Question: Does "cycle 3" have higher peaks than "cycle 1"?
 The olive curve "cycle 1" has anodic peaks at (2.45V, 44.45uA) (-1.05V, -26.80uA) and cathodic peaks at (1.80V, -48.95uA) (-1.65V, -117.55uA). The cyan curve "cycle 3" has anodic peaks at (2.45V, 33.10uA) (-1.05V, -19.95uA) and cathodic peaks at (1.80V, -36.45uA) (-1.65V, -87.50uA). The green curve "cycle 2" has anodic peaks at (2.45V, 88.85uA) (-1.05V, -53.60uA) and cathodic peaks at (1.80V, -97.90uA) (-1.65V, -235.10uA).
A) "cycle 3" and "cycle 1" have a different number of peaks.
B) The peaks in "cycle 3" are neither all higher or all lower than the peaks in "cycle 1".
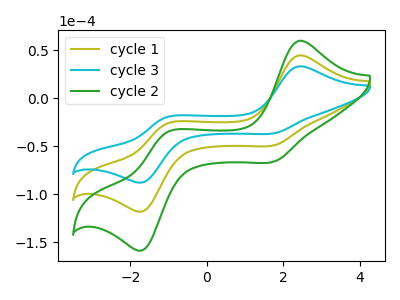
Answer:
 <answer>B) The peaks in "cycle 3" are neither all higher or all lower than the peaks in "cycle 1".</answer>
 <eval>B</eval>